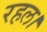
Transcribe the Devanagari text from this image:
रहल।